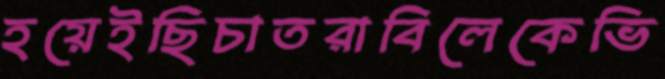
হয়েইছিচাতরাবিলেকেভি